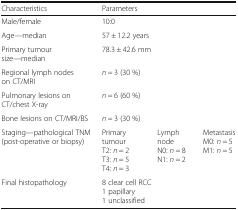
<table><thead><tr><td><b>Characteristics</b></td><td colspan="3"><b>Parameters</b></td></tr></thead><tbody><tr><td>Male/female</td><td colspan="3">10:0</td></tr><tr><td>Age—median</td><td colspan="3">57 ± 12.2 years</td></tr><tr><td>Primary tumour size—median</td><td colspan="3">78.3 ± 42.6 mm</td></tr><tr><td>Regional lymph nodes on CT/MRI</td><td colspan="3"><i>n</i> = 3 (30 %)</td></tr><tr><td>Pulmonary lesions on CT/chest X-ray</td><td colspan="3"><i>n</i> = 6 (60 %)</td></tr><tr><td>Bone lesions on CT/MRI/BS</td><td colspan="3"><i>n</i> = 3 (30 %)</td></tr><tr><td>Staging—pathological TNM (post-operative or biopsy)</td><td>Primary tumourT2: <i>n</i> = 2T3: <i>n</i> = 5T4: <i>n</i> = 3</td><td>Lymph nodeN0: <i>n</i> = 8N1: <i>n</i> = 2</td><td>MetastasisM0: <i>n</i> = 5M1: <i>n</i> = 5</td></tr><tr><td>Final histopathology</td><td colspan="3">8 clear cell RCC1 papillary1 unclassified</td></tr></tbody></table>